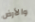
والأرض